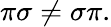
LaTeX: \pi\sigma\neq\sigma\pi.